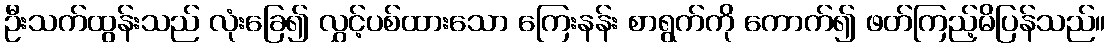
ဦးသက်ထွန်းသည် လုံးခြေ၍ လွှင့်ပစ်ထားသော ကြေးနန်း စာရွက်ကို ကောက်၍ ဖတ်ကြည့်မိပြန်သည်။